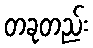
တခုတည်း